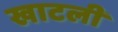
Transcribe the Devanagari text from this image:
खाटली